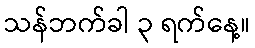
သန်ဘက်ခါ ၃ ရက်နေ့။